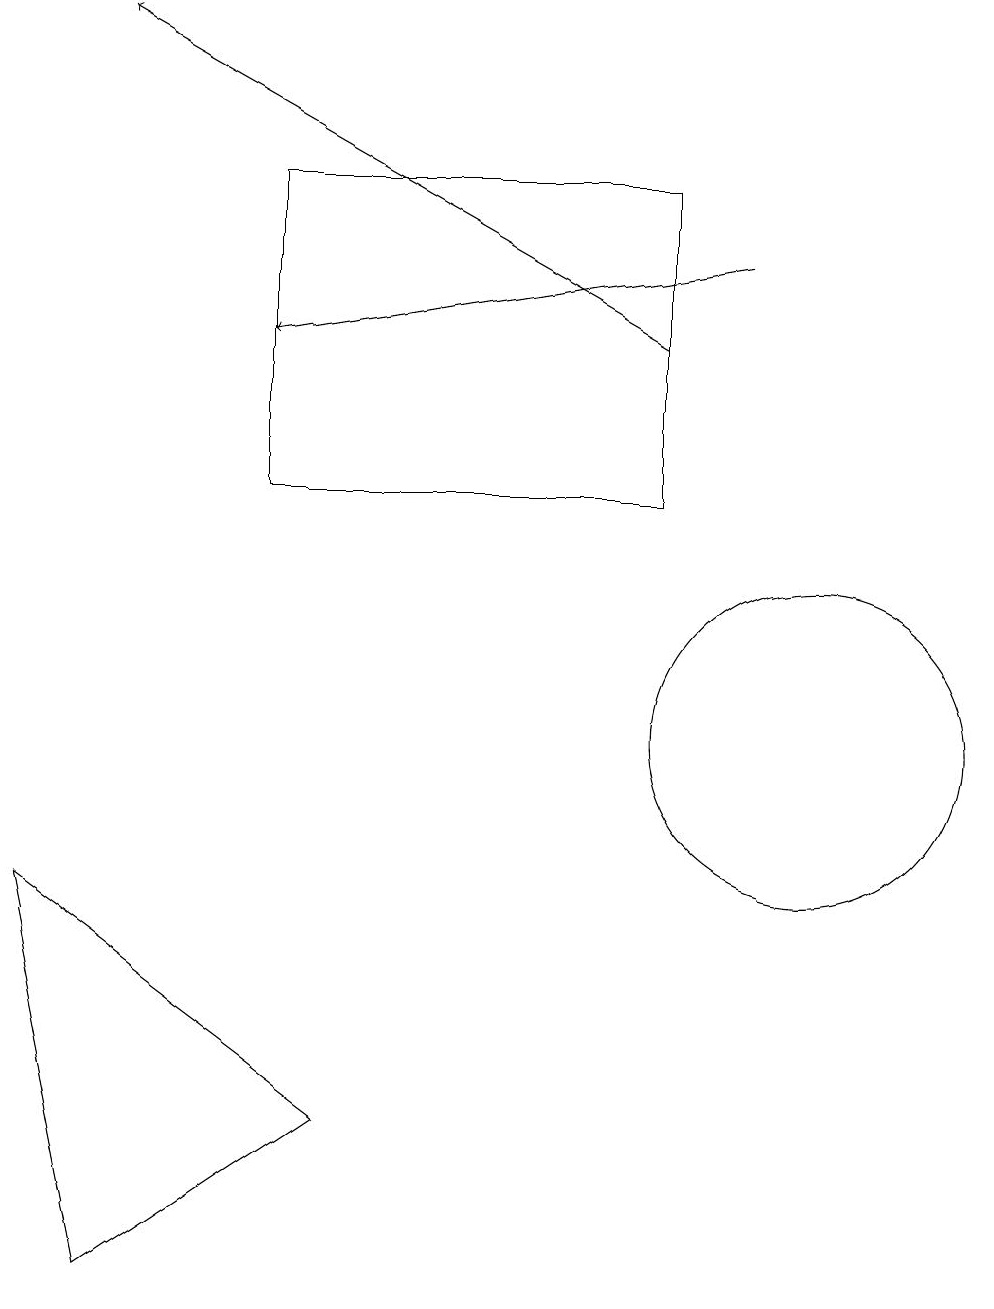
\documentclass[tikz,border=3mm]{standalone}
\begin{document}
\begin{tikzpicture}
\draw (8,17) rectangle (3,13);
\draw (0,8) -- (4,5) -- (1,3) -- cycle;
\draw (10,10) circle (2);
\draw[->] (8,15) -- (1,19);
\draw[->] (9,16) -- (3,15);
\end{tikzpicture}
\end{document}